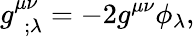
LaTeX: g_{~~;\lambda}^{\mu\nu}=-2g^{\mu\nu}\phi_{\lambda},